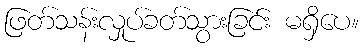
ဖြတ်သန်းလှုပ်ခတ်သွားခြင်း မရှိပေ။